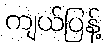
ကျယ်ပြန့်